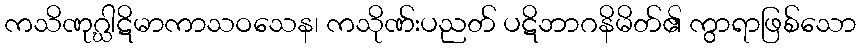
ကသိဏုဂ္ဃါဋိမာကာသဝသေန၊ ကသိုဏ်းပညတ် ပဋိဘာဂနိမိတ်၏ ကွာရာဖြစ်သော